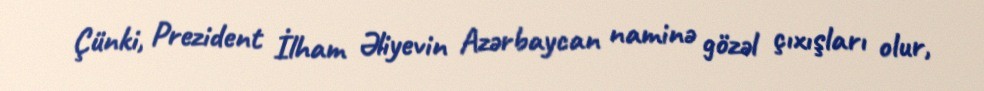
Çünki, Prezident İlham Əliyevin Azərbaycan naminə gözəl çıxışları olur,